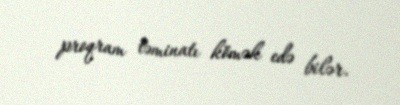
proqram təminatı kömək edə bilər.